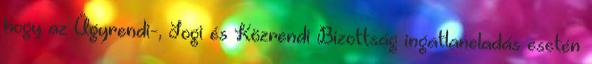
hogy az Ügyrendi-, Jogi és Közrendi Bizottság ingatlaneladás esetén